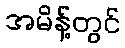
အမိန့်တွင်